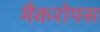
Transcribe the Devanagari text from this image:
मैकरोपस